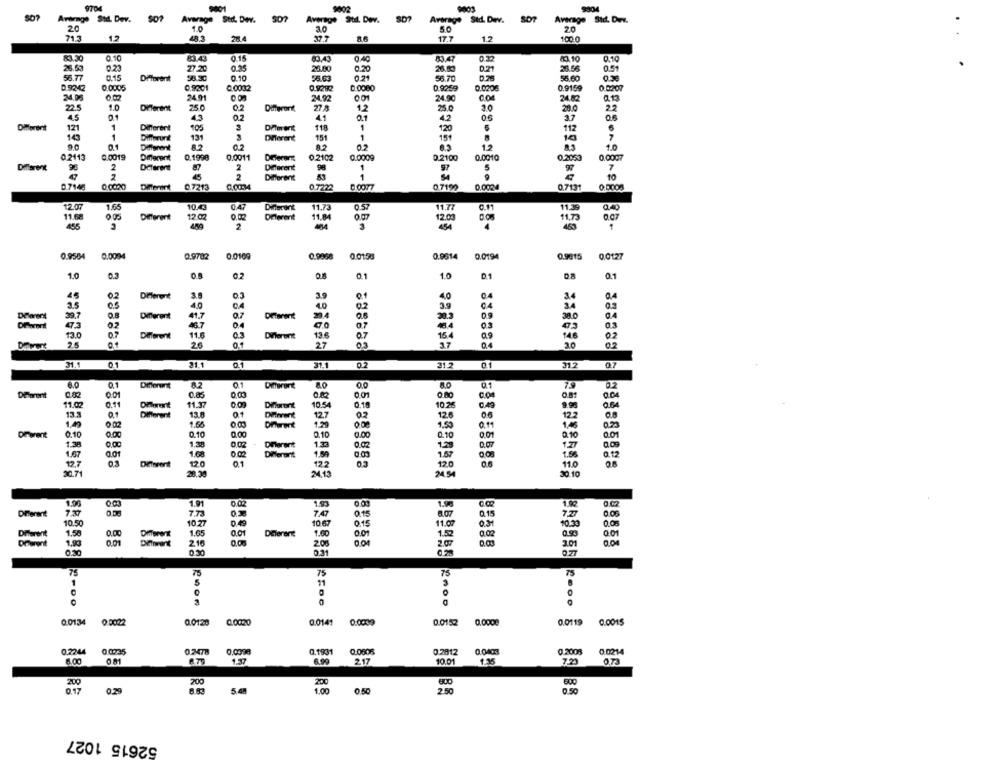
9704
9304
9002
Average Std. Dev.
Average Stol. Dev. S07
Average Std. Dev.
SD?
Average Std. Dev.
Average Std. Dure.
20
3.0
50
20
71.3
17
483
37.7
17.7
12
100.0
83.30
0.10
83.43
0.15
83.43
83.47
63.10
0.10
26.63
0.23
77.20
23.80
0.20
021
26.56
56.77
0.15
Different
58.30
0.10
55.63
0.21
56.70
55.60
D 9242
0.0005
0.9201
0.0032
0.0080
0.9259
0.0206
0.9159
0.0207
24.01
24.92
00
24,90
24.82
0.13
225
1.0
Different
Different
27.8
12
25.0
20
28.0
02
41
0.1
06
3.7
06
4.5
4.3
4.2
Diferent
121
1
Different
105
118
1
120
112
6
143
1
Differunt
131
Diferent
151
1
151
7
0.1
82
12
1.0
0.2113
0.0019
Different
0.1998
0.0011
Different
0.2102
0.0009
0.2100
0.0010
0.2053
0.0007
Different
2
Diferent
87
2
Different
98
1
5
7
47
2
2
Different
1
0.7146
0.0020
Different
0.7213
0.7222
0.7199
0.0004
0.7131
0.0008
12.07
1.65
10.43
04
11.73
0.57
11.77
C.11
11.39
0.40
11.68
0 05
Different
12.02
Diferent
11.84
12.03
C.OS
11.73
455
450
2
484
454
463
0.9504
0,0094
0.9782
0.0109
0.9968
0.01.50
0.9514
0.0194
0.9915
0,0127
1.0
02
0.8
10
01
0.1
45
Different
3.9
3.9
4.0
04
34
2.5
0.5
40
04
4.0
3.9
04
34
39.7
0.8
41.7
07
29.4
DPorert
Different
Diferent
0.9
38.
473
46.7
47.0
07
03
0.3
13.0
0.7
Different
11.0
0.3
Different
13 €
0.7
15
0.9
146
02
Davert
2.5
26
27
03
3.7
3.0
31.1
0.1
21.1
0.1
31.1
02
21.2
31.2
07
6.0
01
Diferent
8.2
Different
00
8.0
01
75
0.2
Diforent
0.01
0.04
11.02
0.11
11.37
0.09
Different
10.54
0.18
10.25
0.49
9.90
13.3
Different
13.8
01
Different
12.7
0.2
12.6
06
122
14
0.02
1.5%
0.73
0.10
0.00
0.10
0.10
0.00
0.10
0.01
1.38
1.38
Diferentt
1.33
0.02
D.O7
1.00
1.50
1.57
0.12
1.67
12,7
120
01
122
120
11.0
20.71
20.30
24.13
24.54
30.10
1.91
Diferent
737
7.73
7.47
0.15
8.07
0.15
015
10.50
10.77
10 67
11.07
10.30
0.05
Diferent
1.50
0.00
Different
1.65
0.01
DElerent
1.60
1.52
0.02
0.50
001
Drarent
1,9
0.01
2.16
0.06
208
001
2.01
0.04
0.30
75
75
75
75
1
5
11
0
0.0134
0.0022
0.0120
0.0141
0.0009
0.0152
0.0000
0.0119
0.0015
0.224
0 0735
0.2478
0,0098
0.1931
0.0508
0 2812
0. 0403
0.2008
0.0214
8.00
001
6.75
6.90
2.17
10.01
1.35
7.20
0.73
200
200
200
0.29
1.00
0.17
5 48
2.50
0.50
52615 1027